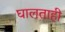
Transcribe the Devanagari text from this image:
घालताही